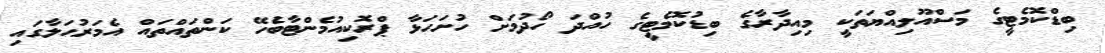
ބިޑްކޮމެޓީގެ މަސްއޫލިއްޔަތަކީ މިއިދާރާގެ ބިޑުކޮމެޓީގެ ހުއްދަ ހޯދުމަށް ހުށަހަޅާ ޕްރޮކިއުމެންޓާބެހޭ ކަންތައްތައް އެމަރުޙަލާގައި